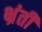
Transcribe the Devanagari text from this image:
भ्रंती